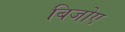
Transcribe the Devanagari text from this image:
बिजोए